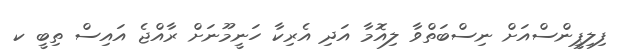
ފިލިޕީންސްއަށް ނިސްބަތްވާ ލިއޮމާ އަދި އެރިކާ ހަނީމޫނަށް ރާއްޖެ އައިސް ތިބީ ކ